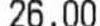
26.00